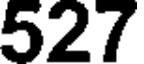
527